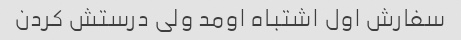
سفارش اول اشتباه اومد ولی درستش کردن